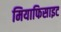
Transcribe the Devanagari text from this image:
मियाफिसाइट